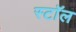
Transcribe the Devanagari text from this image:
स्टाॅल